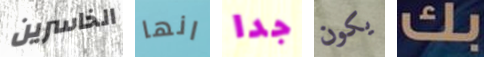
الخاسرين انها جدا يكون بك